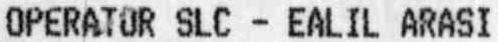
OPERATOR SLC - EALIL ARASI